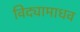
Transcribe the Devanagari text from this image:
विद्यामाधव